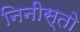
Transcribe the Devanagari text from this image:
निनीस्तो